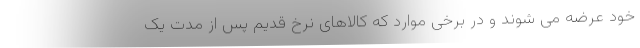
خود عرضه می شوند و در برخی موارد که کالاهای نرخ قدیم پس از مدت یک